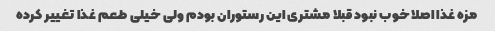
مزه غذا اصلا خوب نبود قبلا مشتری این رستوران بودم ولی خیلی طعم غذا تغییر کرده